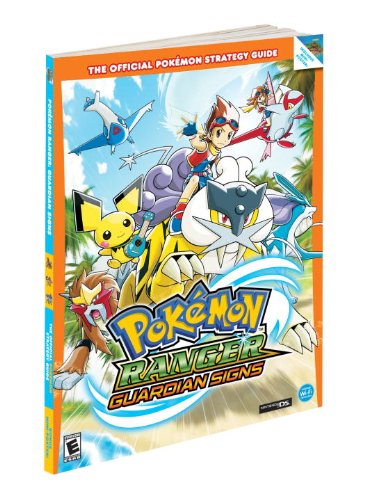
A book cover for Pokemon Ranger: Guardian Signs: Prima Official Game Guide (Official Pokemon Strategy Guides); Inc. Pokemon USA; Computers & Technology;